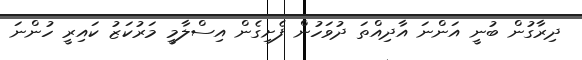
ދިރާގުން ބުނީ އަންނަ އާދިއްތަ ދުވަހުން ފެށިގެން އިސްލާމީ މަރުކަޒު ކައިރީ ހުންނަ